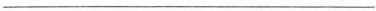
___